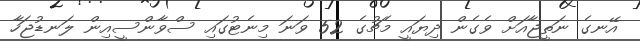
އޭނގެ ނަތީޖާއަށް ވެގެން ދިޔައީ މެޗުގެ 52 ވަނަ މިނެޓުގައި ސްވާންސީއިން ލަނޑުޖަހާ